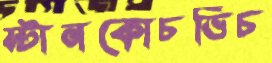
স্টানকোচভিচ